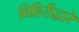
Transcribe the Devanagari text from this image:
विहिरीद्वारे